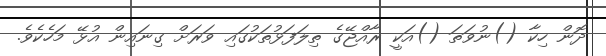
ދޮން ހިކާ ()ނުވަތަ ()އަކީ ރާއްޖޭގެ ތިލަފަޅުތަކުގައި ވަރަށް ގިނައިން އުޅޭ މަހެކެވެ.